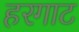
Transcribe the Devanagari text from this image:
हरगाट